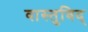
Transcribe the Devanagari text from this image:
वास्‍तुविद्